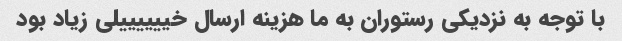
با توجه به نزدیکی رستوران به ما هزینه ارسال خییییییلی زیاد بود